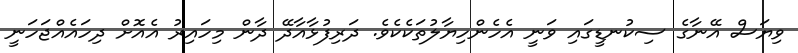
ވިޔަސް އޭނާގެ ސިކުނޑީގައި ވަނީ އެހެންހިޔާލުތަކެކެވެ. ދަރިފުޅާއާދޭ ދާން މިހައިރު އެއޮށް ދިހައެއްޖަހަނީ